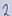
Text: 2